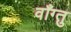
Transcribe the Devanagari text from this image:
वाँग्तु